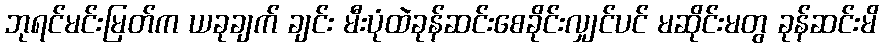
ဘုရင်မင်းမြတ်က ယခုချက် ချင်း မီးပုံထဲခုန်ဆင်းစေခိုင်းလျှင်ပင် မဆိုင်းမတွ ခုန်ဆင်းမိ